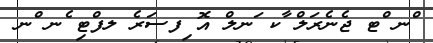
ްނ ްޓ ޖެނެރަލް ާކ ަނލް އޮ ިފސަރެ ލފްޓި ެނ ްނ